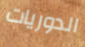
الدوريات